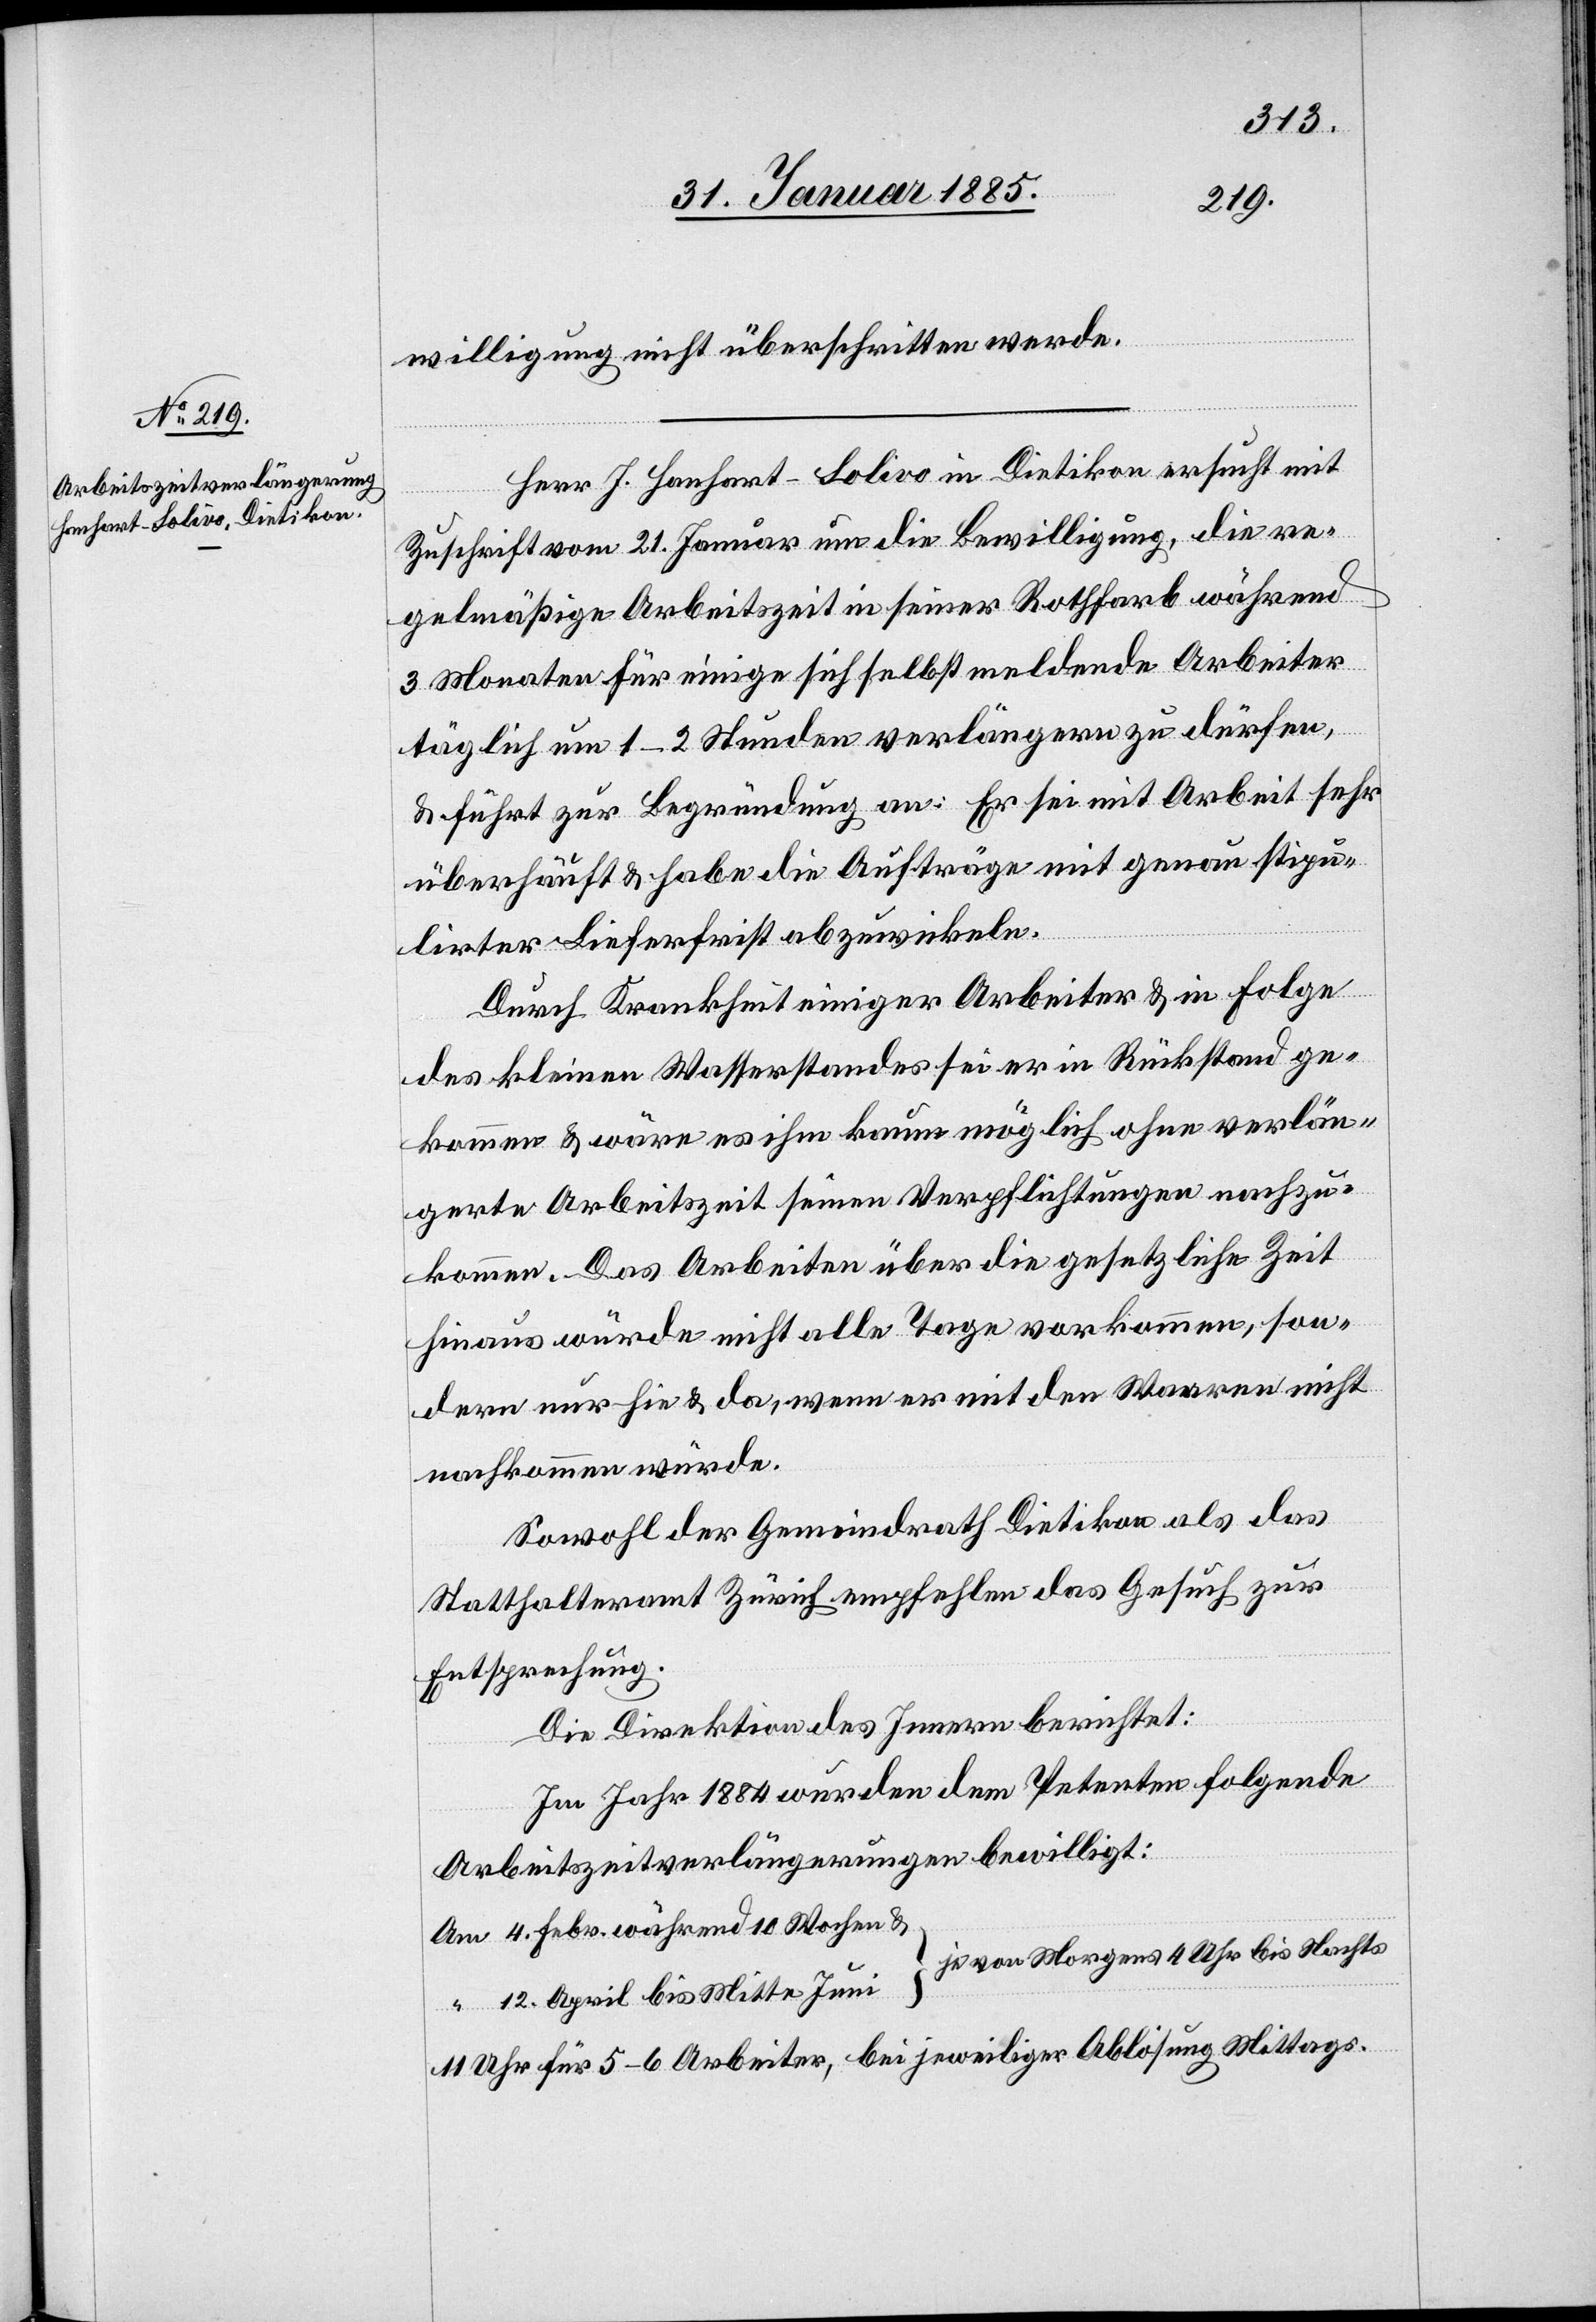
willigung nicht überschritten werde.
Herr J. Hanhart-Solivo in Dietikon ersucht mit
Zuschrift vom 21. Januar um die Bewilligung, die Arbe¬
3 Monaten für einige sich selbst meldende Arbeiter
täglich um 1–2 Stunden verlängern zu dürfen,
& führt zur Begründung an: Er sei mit Arbeit sehr
überhäuft & habe die Aufträge mit genau stipu¬
lirter Lieferfrist abzuwickeln.
Durch Krankheit einiger Arbeiter & in Folge
des kleinen Wasserstandes sei er in Rückstand ge¬
kommen & wäre es ihm kaum möglich ohne verlän¬
gerte Arbeitszeit seinen Verpflichtungen nachzu¬
kommen. Das Arbeiten über die gesetzliche Zeit
hinaus würde nicht alle Tage vorkommen, son¬
dern nur hie & da, wenn er mit den Waaren nicht
nachkommen würde.
Sowohl der Gemeindrath Dietikon als das
Statthalteramt Zürich empfehlen das Gesuch zur
Entsprechung.
Die Direktion des Innern berichtet:
Im Jahr 1884 wurden dem Petenten folgende
Arbeitszeitverlängerungen bewilligt:
Am 4. Febr. während 10 Wochen &
11 Uhr für 5–6 Arbeiter, bei jeweiliger Ablösung Mittags.

12.